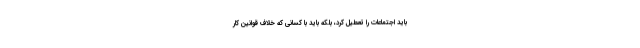
باید اجتماعات را تعطیل کرد، بلکه باید با کسانی که خلاف قوانین کار